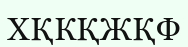
ХҚКҚЖҚФ